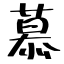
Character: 慕